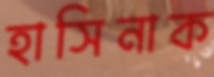
হাসিনাক